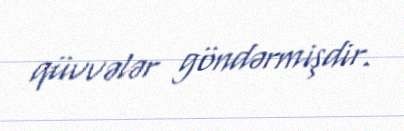
qüvvələr göndərmişdir.